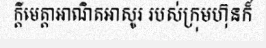
ក្តីមេត្តាអាណិតអាសូរ របស់ក្រុមហ៊ុនក៏